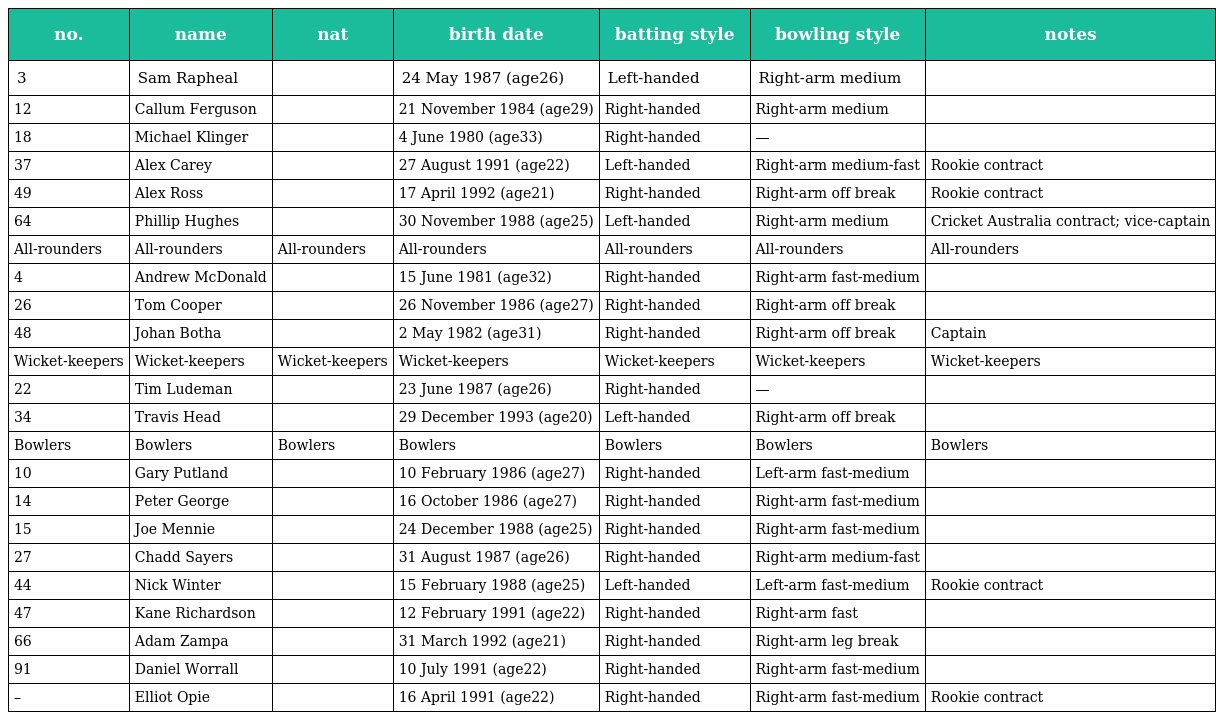
| no. | name | nat | birth date | batting style | bowling style | notes |
 | --- | --- | --- | --- | --- | --- | --- |
 | 3 | Sam Rapheal |  | 24 May 1987 (age26) | Left-handed | Right-arm medium |  |
 | 12 | Callum Ferguson |  | 21 November 1984 (age29) | Right-handed | Right-arm medium |  |
 | 18 | Michael Klinger |  | 4 June 1980 (age33) | Right-handed | — |  |
 | 37 | Alex Carey |  | 27 August 1991 (age22) | Left-handed | Right-arm medium-fast | Rookie contract |
 | 49 | Alex Ross |  | 17 April 1992 (age21) | Right-handed | Right-arm off break | Rookie contract |
 | 64 | Phillip Hughes |  | 30 November 1988 (age25) | Left-handed | Right-arm medium | Cricket Australia contract; vice-captain |
 | All-rounders | All-rounders | All-rounders | All-rounders | All-rounders | All-rounders | All-rounders |
 | 4 | Andrew McDonald |  | 15 June 1981 (age32) | Right-handed | Right-arm fast-medium |  |
 | 26 | Tom Cooper |  | 26 November 1986 (age27) | Right-handed | Right-arm off break |  |
 | 48 | Johan Botha |  | 2 May 1982 (age31) | Right-handed | Right-arm off break | Captain |
 | Wicket-keepers | Wicket-keepers | Wicket-keepers | Wicket-keepers | Wicket-keepers | Wicket-keepers | Wicket-keepers |
 | 22 | Tim Ludeman |  | 23 June 1987 (age26) | Right-handed | — |  |
 | 34 | Travis Head |  | 29 December 1993 (age20) | Left-handed | Right-arm off break |  |
 | Bowlers | Bowlers | Bowlers | Bowlers | Bowlers | Bowlers | Bowlers |
 | 10 | Gary Putland |  | 10 February 1986 (age27) | Right-handed | Left-arm fast-medium |  |
 | 14 | Peter George |  | 16 October 1986 (age27) | Right-handed | Right-arm fast-medium |  |
 | 15 | Joe Mennie |  | 24 December 1988 (age25) | Right-handed | Right-arm fast-medium |  |
 | 27 | Chadd Sayers |  | 31 August 1987 (age26) | Right-handed | Right-arm medium-fast |  |
 | 44 | Nick Winter |  | 15 February 1988 (age25) | Left-handed | Left-arm fast-medium | Rookie contract |
 | 47 | Kane Richardson |  | 12 February 1991 (age22) | Right-handed | Right-arm fast |  |
 | 66 | Adam Zampa |  | 31 March 1992 (age21) | Right-handed | Right-arm leg break |  |
 | 91 | Daniel Worrall |  | 10 July 1991 (age22) | Right-handed | Right-arm fast-medium |  |
 | – | Elliot Opie |  | 16 April 1991 (age22) | Right-handed | Right-arm fast-medium | Rookie contract |